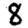
Digit: 8